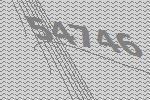
54746